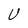
Character: U